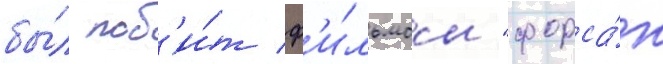
бы́л поб'и́т ф'и́льмом "форса́ж